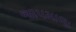
જાપમાળા